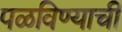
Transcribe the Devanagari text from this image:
पळविण्याची